system: You are a helpful assistant.
user:
Analyze the provided spectrum to determine if it is a **"Cataclysmic Variables (CV)"**.

- **Key Indicators for CV (Check for either state):**
    - **State 1: Quiescent / Low-State (Emission-Dominated)**
        - **(Primary):** Strong and *very broad* Hydrogen Balmer emission lines (e.g., $H\alpha$ at 6563 Å, $H\beta$ at 4861 Å). The 'broadness' (high velocity dispersion, often FWHM > 1000 km/s) is the key diagnostic, indicating a high-velocity accretion disk.
        - **(Secondary):** Broad neutral Helium (He I) emission lines (e.g., 5876 Å, 6678 Å).
        - **(Key Confirmation):** Presence of high-excitation *ionized* Helium (He II) emission at 4686 Å. This is a strong indicator of accretion onto a white dwarf.
        - **(Line Profile):** Emission lines may exhibit a 'double-peaked' profile, which is a classic signature of a rotating accretion disk viewed at high inclination.

    - **State 2: Outburst / High-State (Absorption-Dominated)**
        - **(Primary):** Spectrum is dominated by a bright, blue continuum (looks like a hot star).
        - **(Secondary):** The emission lines from State 1 are weak, absent, or 'filled in', and are replaced by broad, shallow *absorption* lines (primarily Balmer and He I).
        - **(Morphology):** The overall spectrum mimics a hot B/A-type star. The crucial difference is that the absorption lines are significantly broader, shallower, and more 'washed-out' (or 'smeared') than the sharp lines of a normal stellar photosphere, due to high rotational speeds and pressure broadening in the disk.

Think first, call **spectral_visualization_tool** if needed to examine features in detail, then provide your final answer. Your response must adhere to the following strict rules:
1.  **Overall Structure:** Your response must follow the format `<think>...</think> <tool_call>...</tool_call> (if a tool is used) <answer>...</answer>`.
2.  **Tool Usage Constraint:** You may only make **one** tool call per turn.
3.  **Final Answer Format:** In the `<answer>` tag, your conclusion must be inside a `\boxed{}` command (e.g., `\boxed{YES}`), followed by your justification.

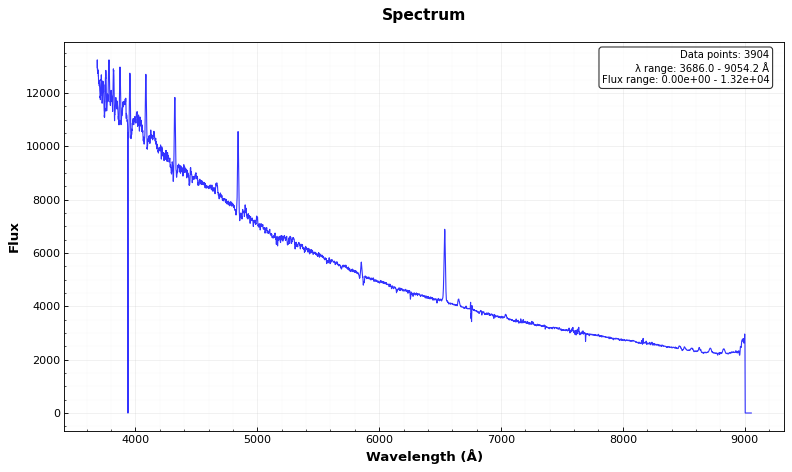
Answer: YES